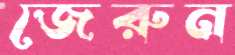
জেরুন